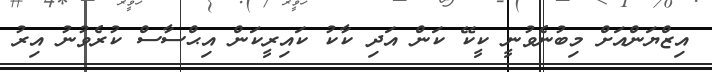
އިޒްޔަންއަށް މިބުނެވުނީ ކީކޭ ކަން އަދި ކާކު ކައިރީކަން އިޙްސާސް ކުރެވުނު އިރު